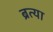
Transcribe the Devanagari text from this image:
ब्रत्या